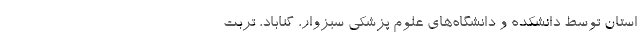
استان توسط دانشکده و دانشگاه‌های علوم پزشکی سبزوار، گناباد، تربت‌